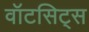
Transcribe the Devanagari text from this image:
वॉटसिट्स